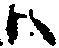
ハ